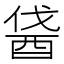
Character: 𨠰